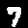
Label: 7